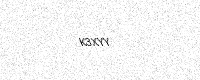
Text: K3XYY